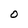
Character: O